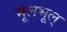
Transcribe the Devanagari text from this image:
मूलभूल्